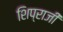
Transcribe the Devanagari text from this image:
शिप्राजी